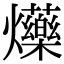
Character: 𤓈